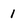
Character: 1